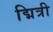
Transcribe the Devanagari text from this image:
द्मित्री